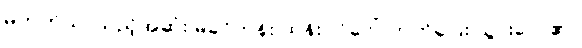
မတတ်သာသည့်အဆုံး မခင်ဘုန်း ထန်းပင်ပေါ် တက်ပြေး သွားလေ၏။